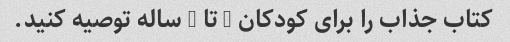
کتاب جذاب را برای کودکان 7 تا 9 ساله توصیه کنید.